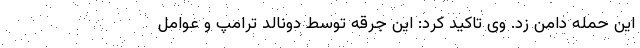
این حمله دامن زد. وی تاکید کرد: این جرقه توسط دونالد ترامپ و عوامل